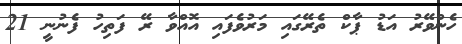
ހެންވޭރު އަޑު ޕާކް ތެރޭގައި މަރުވެފައި އޮއްވާ ރޭ ފަތިހު ފެނުނީ 21